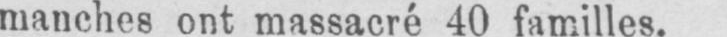
manches ont massacré 40 familles.